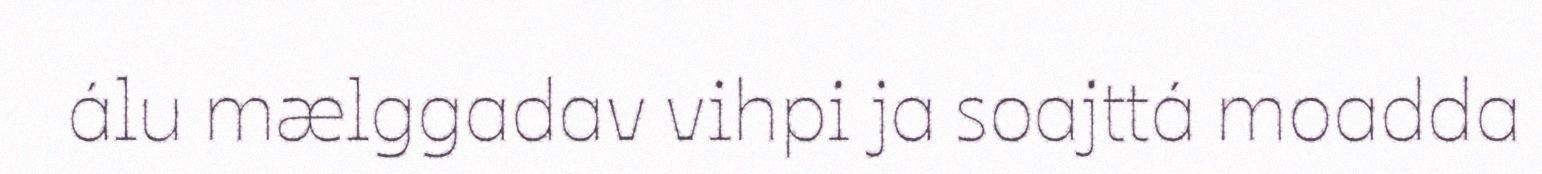
álu mælggadav vihpi ja soajttá moadda